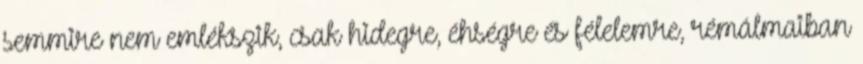
semmire nem emlékszik, csak hidegre, éhségre és félelemre, rémálmaiban